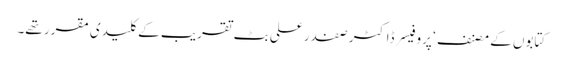
کتابوں کے مصنف ‘ پروفیسر ڈاکٹر صفدر علی بٹ تقریب کے کلیدی مقرر تھے۔